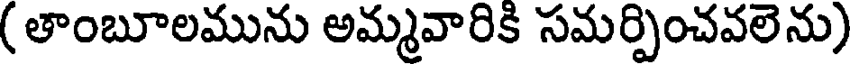
( తాంబూలమును అమ్మవారికి సమర్పించవలెను)